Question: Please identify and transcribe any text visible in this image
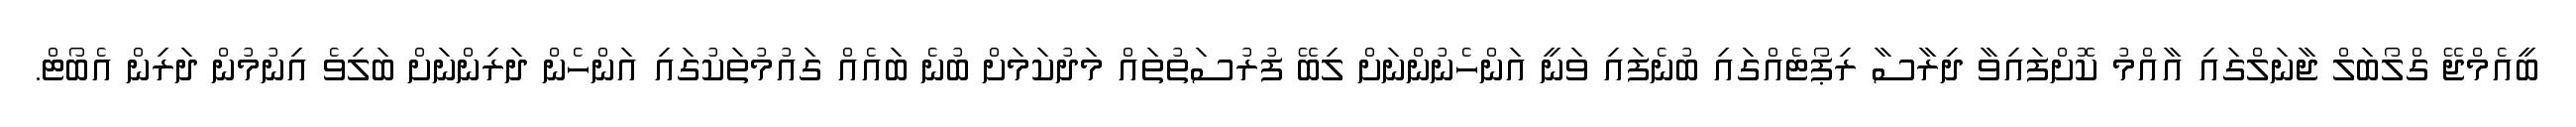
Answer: ބީއެމްޖޭ ގްލޯބަލް ޖާނަލްގައި އާއްމު ކޮށްފައިވާ ދިރާސާ ރިޕޯޓެއްގައި ބުނެފައި ވަނީ އަންހެނުންނަށް ލިބޭ ފުރުސަތުތައް މަދުކަމަށް ބުނެ ބައެއް ގައުމުތަކުގައި އަންހެން ދަރިންނަށް ބަލިވެ އިނުމުން ދަރިން އެބޯޓް.